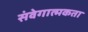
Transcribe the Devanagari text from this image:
संवेगात्मकता